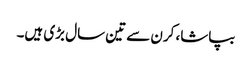
بپاشا، کرن سے تین سال بڑی ہیں۔